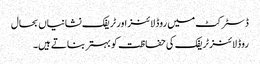
ڈسٹرکٹ میں روڈ لائنز اور ٹریفک نشانیاں بحال
روڈ لائنز ٹریفک کی حفاظت کو بہتر بناتے ہیں۔